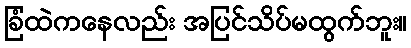
ခြံထဲကနေလည်း အပြင်သိပ်မထွက်ဘူး။